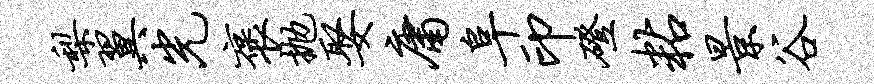
梨翼光褒抛娶庸阜印磴粘景谷